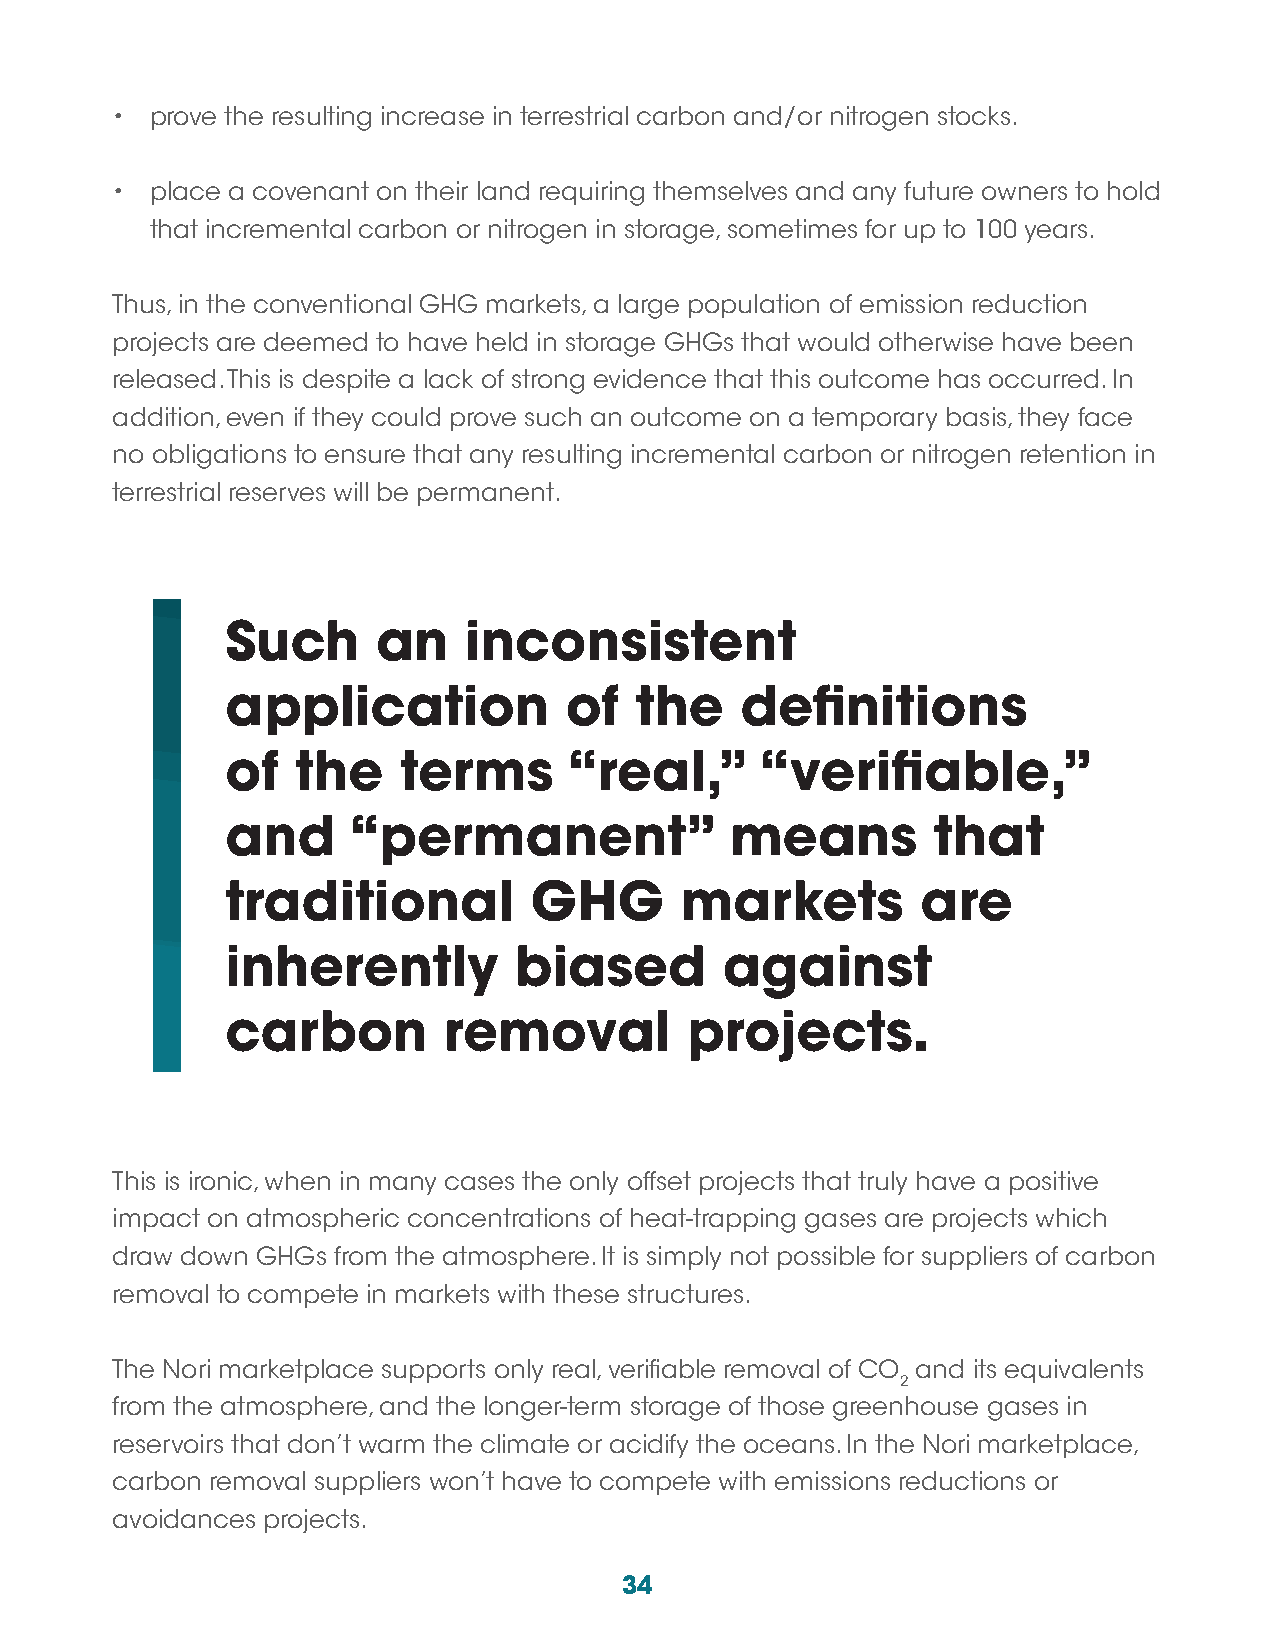
•  prove the resulting increase in terrestrial carbon and/or nitrogen stocks.
 •  place a covenant on their land requiring themselves and any future owners to hold
 that incremental carbon or nitrogen in storage, sometimes for up to 100 years.
 Thus, in the conventional GHG markets, a large population of emission reduction
 projects are deemed to have held in storage GHGs that would otherwise have been
 released. This is despite a lack of strong evidence that this outcome has occurred. In
 addition, even if they could prove such an outcome on a temporary basis, they face
 no obligations to ensure that any resulting incremental carbon or nitrogen retention in
 terrestrial reserves will be permanent.
 Such      an    inconsistent
 application           of   the    definitions
 of   the   terms       “real,”     “verifiable,”
 and     “permanent”              means         that
 traditional         GHG       markets         are
 inherently         biased        against
 carbon        removal          projects.
 This is ironic, when in many cases the only offset projects that truly have a positive
 impact on atmospheric concentrations of heat-trapping gases are projects which
 draw down GHGs from the atmosphere. It is simply not possible for suppliers of carbon
 removal to compete in markets with these structures.
 The Nori marketplace supports only real, verifiable removal of CO and its equivalents
 2
 from the atmosphere, and the longer-term storage of those greenhouse gases in
 reservoirs that don’t warm the climate or acidify the oceans. In the Nori marketplace,
 carbon removal suppliers won’t have to compete with emissions reductions or
 avoidances projects.
 34